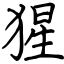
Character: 猩